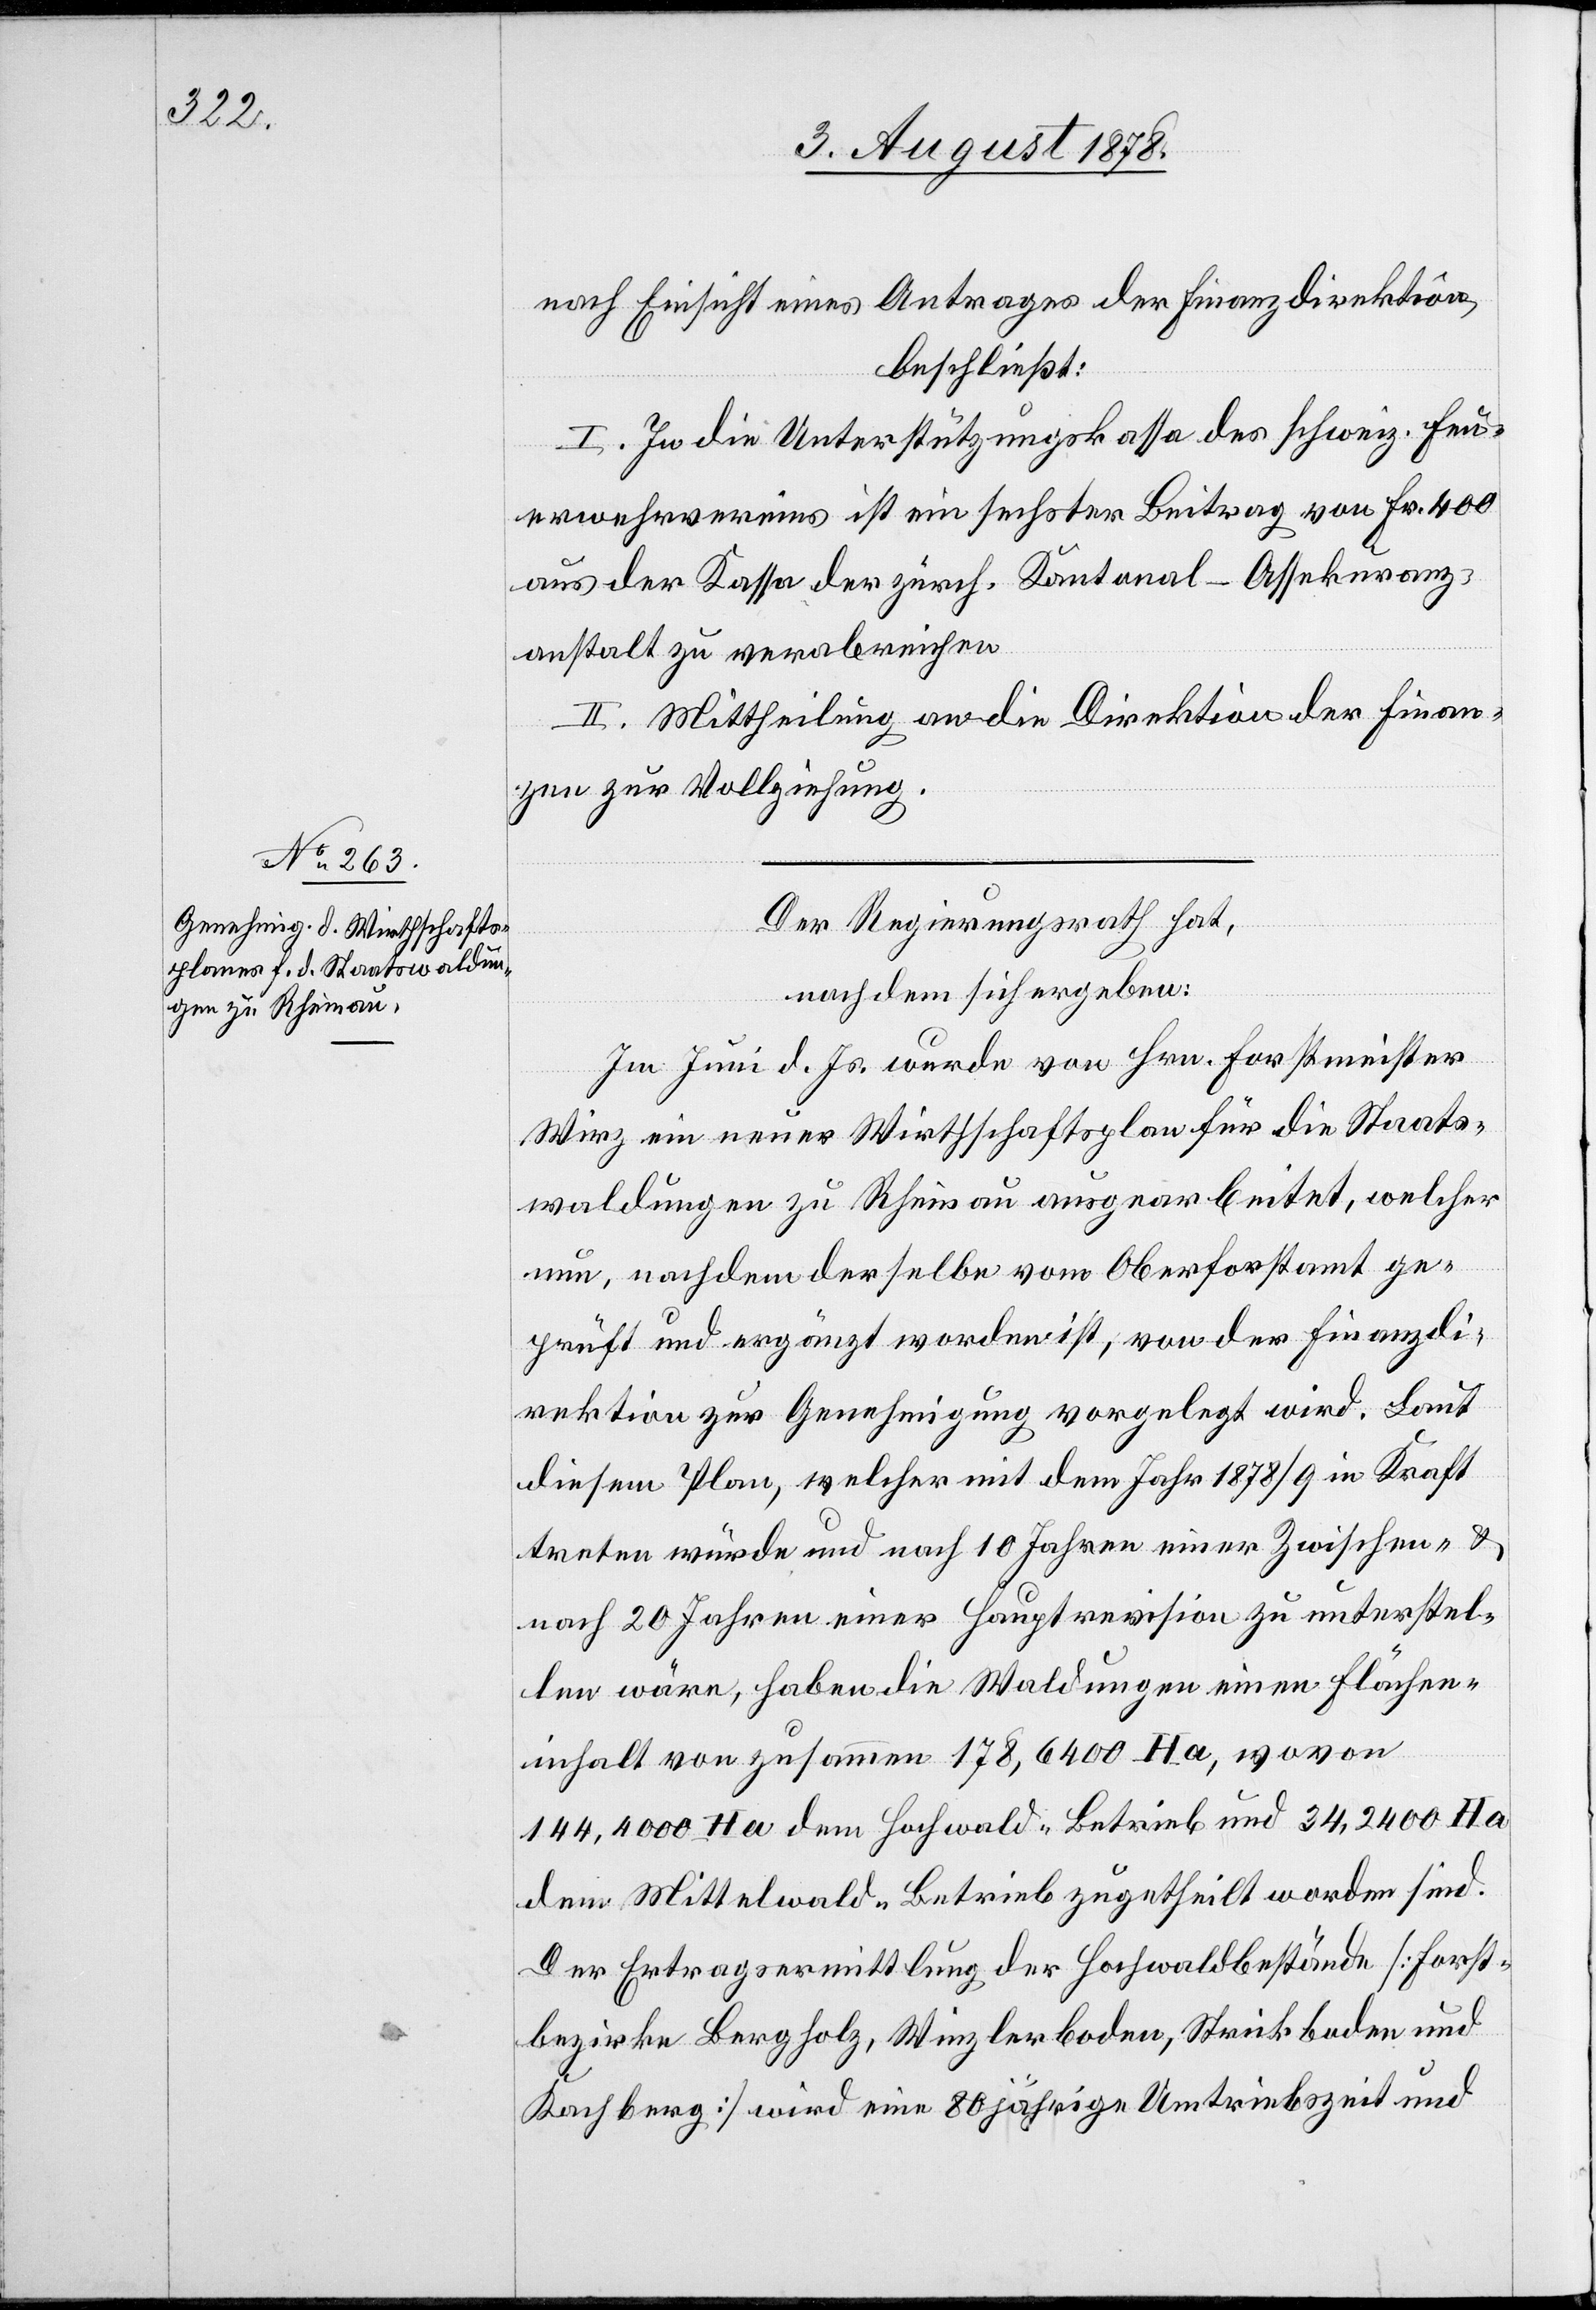
nach Einsicht eines Antrages der Finanzdirektion,
beschließt:
I. In die Unterstützungskassa des schweiz. Feu¬
erwehrvereins ist ein sechster Beitrag von Fr. 400
aus der Kassa der zürch. Kantonal-Assekuranz¬
anstalt zu verabreichen.
II. Mittheilung an die Direktion der Finanzen.
Der Regierungsrath hat,
nachdem sich ergeben:
Im Juni d. Js. wurde von Hrn. Forstmeister
Wirz ein neuer Wirtschaftsplan für die Staats¬
waldungen zu Rheinau ausgearbeitet, welcher
nun, nachdem derselbe vom Oberforstamt ge¬
prüft und ergänzt worden ist, von der Finanzdi¬
rektion zur Genehmigung vorgelegt wird. Laut
diesem Plan, welcher mit dem Jahr 1878/9 in Kraft
treten würde und nach 10 Jahren einer Zwischen- &
nach 20 Jahren einer Hauptrevision zu unterstel¬
len wäre, haben die Waldungen einen Flächen¬
inhalt von zusammen 178,6400 Ha, wovon
144,4000 Ha dem Hochwald-Betrieb und 34,2400 Ha
dem Mittelwald-Betrieb zugetheilt worden sind.
Der Ertragsermittlung der Hochwaldbestände [Forst¬
bezirke Bergholz, Winzlerboden, Strickboden und
Kachberg] wird eine 80 jährige Umtriebszeit und